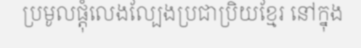
ប្រមូលផ្តុំលេងល្បែងប្រជាប្រិយខ្មែរ នៅក្នុង